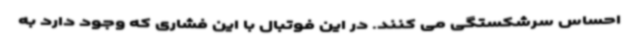
احساس سرشکستگی می کنند. در این فوتبال با این فشاری که وجود دارد به